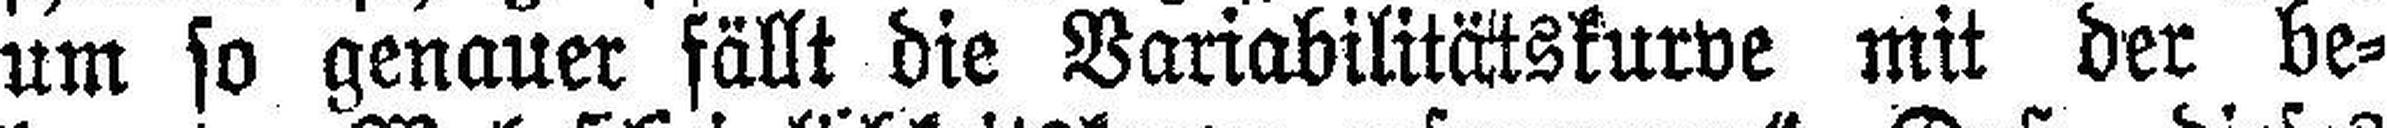
um so genauer fällt die Variabilitätskurve mit der. be¬